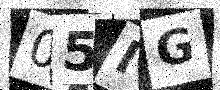
Text: 05IG